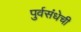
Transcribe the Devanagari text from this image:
पुर्वसंधेची